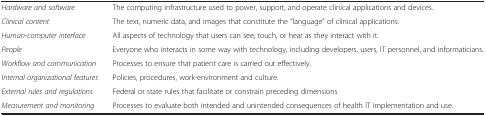
<table><thead><tr><td colspan="2"><b> </b></td></tr></thead><tbody><tr><td><i>Hardware and software</i></td><td>The computing infrastructure used to power, support, and operate clinical applications and devices.</td></tr><tr><td><i>Clinical content</i></td><td>The text, numeric data, and images that constitute the “language” of clinical applications.</td></tr><tr><td><i>Human-computer interface</i></td><td>All aspects of technology that users can see, touch, or hear as they interact with it.</td></tr><tr><td><i>People</i></td><td>Everyone who interacts in some way with technology, including developers, users, IT personnel, and informaticians.</td></tr><tr><td><i>Workflow and communication</i></td><td>Processes to ensure that patient care is carried out effectively.</td></tr><tr><td><i>Internal organizational features</i></td><td>Policies, procedures, work-environment and culture.</td></tr><tr><td><i>External rules and regulations</i></td><td>Federal or state rules that facilitate or constrain preceding dimensions</td></tr><tr><td><i>Measurement and monitoring</i></td><td>Processes to evaluate both intended and unintended consequences of health IT implementation and use.</td></tr></tbody></table>